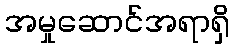
အမှုဆောင်အရာရှိ